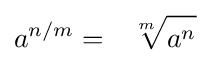
a^{n/m}=\ \ {\sqrt[{m}]{{\vphantom {A^{2}}}a^{n}}}